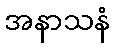
အနာသနံ